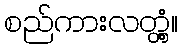
စည်ကားလတ္တံ့။